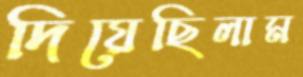
দিয়েছিলাম